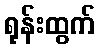
ရုန်းထွက်